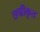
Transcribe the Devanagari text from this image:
छद्मीकृत